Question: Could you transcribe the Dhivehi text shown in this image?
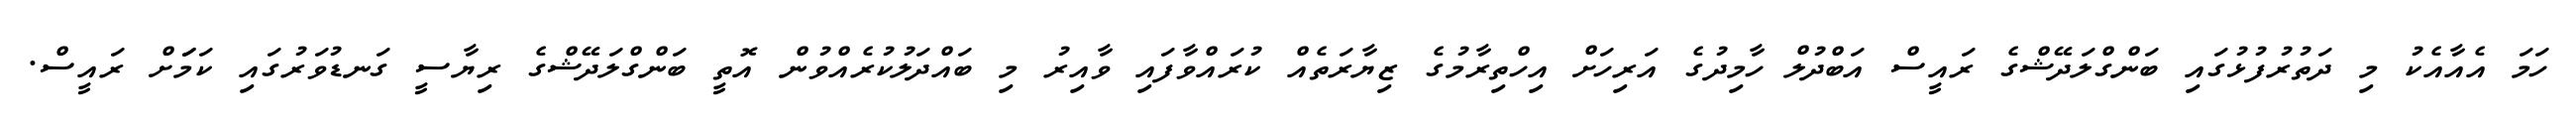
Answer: ހަމަ އެއާއެކު މި ދަތުރުފުޅުގައި ބަންގްލަދޭޝްގެ ރައީސް އަބްދުލް ހާމިދުގެ އަރިހަށް އިހްތިރާމުގެ ޒިޔާރަތެއް ކުރައްވާފައި ވާއިރު މި ބައްދަލުކުރެއްވުން އޮތީ ބަންގްލަދޭޝްގެ ރިޔާސީ ގަނޑުވަރުގައި ކަމަަށް ރައީސް.